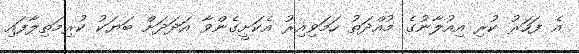
އެ ފަހަރު ކުރި އިއުލާނުގެ މުއްދަތު ހަމަވިއިރު އެކަށީގެންވާ އަދަދަށް ބަޔަކު ކުރިމަތިލާފައި